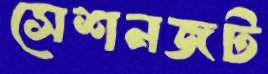
সেশনজট